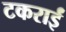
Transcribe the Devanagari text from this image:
टकराईं